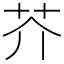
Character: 芥